Lunatic asylums Madras 1892-1911 - 1892-1911
Year: 1892
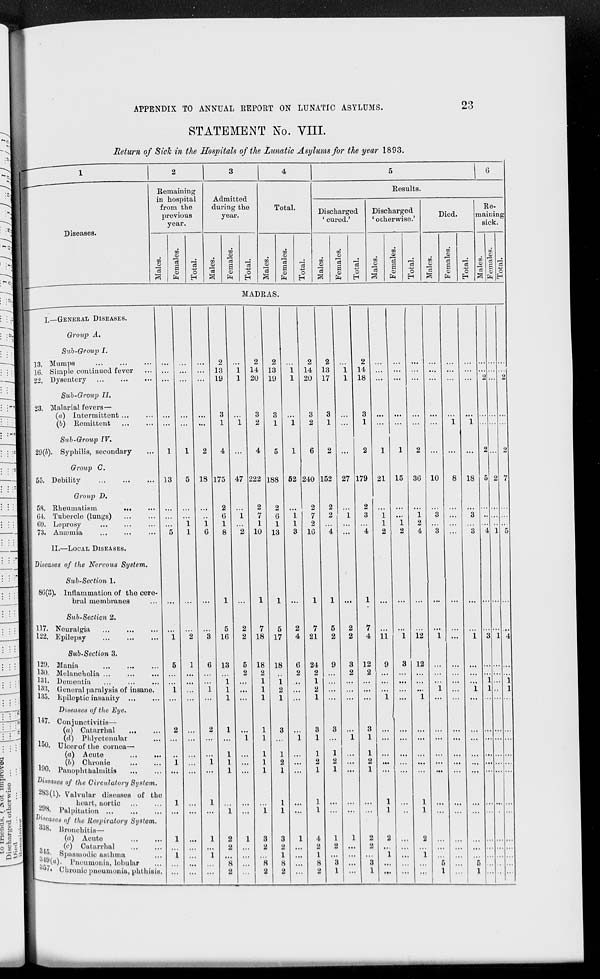
23
APPENDIX TO ANNUAL REPORT ON LUNATIC ASYLUMS.
STATEMENT No. VIII.
Return of Sick in the Hospitals of the Lunatic Asylums for the year 1893.
1
Diseases.
2
Remaining
in hospital
from the
previous
year.
Males.
Females.
Total.
3
Admitted
during the
year.
Males
Females.
Total.
4
Total.
Males.
Females.
Total.
5
6
Results.
Discharged
'cured.'
Males.
Females.
Total.
Discharged
'otherwise.'
Males.
Females.
Total.
Died.
Males.
Females.
Total.
Re-
-aining
sick.
Males.
Females.
Total.
MADRAS.
I.—GENERAL DISEASES.
Group A.
Sub-Group I.
13. Mumps
...
...
...
16. Simple continued fever ...
22. Dysentery
...
...
...
Sub-Group II.
23. Malarial fevers—
(a) Intermittent ... ...
(b) Remittent ... ...
Sub-Group IV.
29(b). Syphilis, secondary ...
Group C.
55. Debility ... ... ...
Group D.
58. Rheumatism ... ...
64. Tubercle (lungs) ... ...
69. Leprosy ... ... ...
73. Anæmia ... ... ...
II.—LOCAL DISEASES.
Diseases of the Nervous
System.
Sub-Section 1.
86(3). Inflammation of the cere-
bral membranes ...
Sub-Section 2.
117. Neuralgia ... ... ...
122. Epilepsy
...
...
...
Sub-Section 3.
129. Mania
...
...
...
130. Melancholia
...
...
...
131. Dementia ... ... ...
133. General paralysis of insane.
135. Lpiloptic insanity ... ...
Diseases of the Eye.
147. Conjunctivitis—
(a) Catarrhal ... ...
(d) Phlyctenular ...
150. Ulcer of the cornea—
(a) Acute
...
...
(b)
Chronic
...
...
190. Panophthalmitis
...
...
Dieases of the Circulatory
System.
283(1). Valvular diseases of the
heart, aortic ... ...
298. Palpitation
...
...
...
Diseases of the Respiratory
System.
338. Bronchitis—
(a) Acute ... ...
(c) Catarrhal ... ...
315. Spasmodic asthma ...
349(a)Pneumonia,
lobular ...
357. Chronic pneumonia, phthisis.
...
...
...
...
...
1
13
...
...
...
5
...
...
1
5
...
...
1
...
2
...
...
1
...
1
...
1
...
1
...
...
...
...
...
...
...
1
5
...
...
1
1
...
...
2
1
...
...
...
...
...
...
...
...
...
...
...
...
...
...
...
...
...
...
...
...
...
2
18
...
...
1
6
...
...
3
6
...
...
1
...
2
...
...
1
...
1
...
1
...
1
...
...
2
13
19
3
1
4
175
2
6
1
8
1
5
16
13
...
1 1
1
1
...
1
1
1
...
1
2
2
...
8
2
...
1
1
...
1
...
47
...
1
...
2
...
2
2
5
2
...
...
...
...
1
...
...
...
...
...
1
...
...
...
...
2
14
20
3
2
4
222
2
7
1
10
1
7
18
18
2
1
1
1
1
1
1
1
1
...
1
3
2
...
8
2
2
13
19
3
1
5
188
2
6
1
13
1
5
17
18
...
1
2
1
3
...
1
2
1
1
1
3
2
1
8
2
...
1
1
...
1
1
52
...
1
1
3
...
2
4
6
2
...
...
...
...
1
...
...
...
...
...
1
...
...
...
...
2
14
20
3
2
6
240
2
7
2
16
1
7
21
24
2
1
2
1
3
1
1
2
1
1
1
4
2
1
8
2
2
13
17
3
1
2
152
2
2
...
4
1
5
2
9
...
...
...
...
3
...
1
2
1
...
...
1
2
...
3
1
...
1
1
...
...
...
27
...
1
...
...
...
2
2
3
2
...
...
...
...
1
...
...
...
...
...
1
...
...
...
...
2
14
18
3
1
2
179
2
3
...
4
1
7
4
12
2
...
...
...
3
1
1
2
1
...
...
2
2
...
3
1
...
...
...
...
...
1
21
...
1
1
2
...
...
11
9
...
...
...
1
...
...
...
...
...
1
1
2
...
1
...
...
...
...
...
...
...
1
15
...
...
1
2
...
...
1
3
...
...
...
...
...
...
...
...
...
...
...
...
...
...
...
...
...
...
...
...
...
2
36
...
1
2
4
...
...
12
12
...
...
...
1
...
...
...
...
...
1
1
2
...
1
...
...
...
...
...
...
...
...
10
...
3
...
3
...
...
1
...
...
...
1
...
...
...
...
...
...
...
...
...
...
...
5
1
...
...
...
...
1
...
8
...
...
...
...
...
...
...
...
...
...
...
...
...
...
...
...
...
...
...
...
...
...
...
...
...
...
...
...
1
...
18
...
3
...
3
...
...
1
...
...
...
1
...
...
...
...
...
...
...
...
...
...
...
5
1
...
...
2
...
...
2
5
...
...
...
4
...
...
3
...
...
1
1
...
...
...
...
...
...
...
...
...
...
...
...
...
...
...
...
...
...
...
2
...
...
...
1
...
...
1
...
...
...
...
...
...
...
...
...
...
...
...
...
...
...
...
...
...
...
2
...
...
2
7
...
...
...
5
...
...
4
...
...
1 1
...
...
...
...
...
...
...
...
...
...
...
...